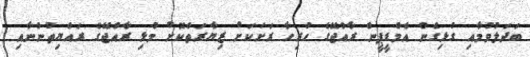
ބަދަލުވުމާއި ގުޅިގެން އެމްޑީޕީން ރާއްޖޭގެ ހުރިހާ ރަށަކަށް ޒިޔާރަތްކޮށް މުޅި ރާއްޖޭގެ ރައްޔިތުންނާއި